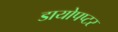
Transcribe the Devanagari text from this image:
डायोपप्टर